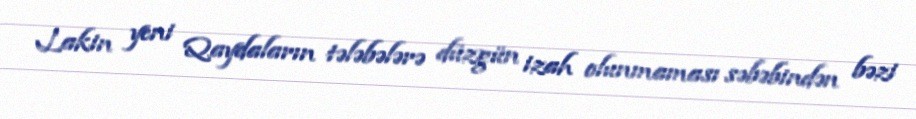
Lakin yeni Qaydaların tələbələrə düzgün izah olunmaması səbəbindən bəzi